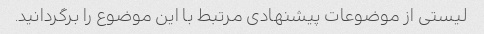
لیستی از موضوعات پیشنهادی مرتبط با این موضوع را برگردانید.